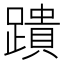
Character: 蹪